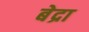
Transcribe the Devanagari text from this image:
बेद्रा